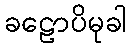
ခဠောပိမုခါ